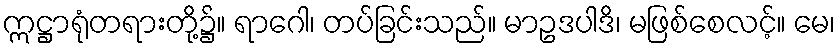
ဣဋ္ဌာရုံတရားတို့၌။ ရာဂေါ၊ တပ်ခြင်းသည်။ မာဥဒပါဒိ၊ မဖြစ်စေလင့်။ မေ၊